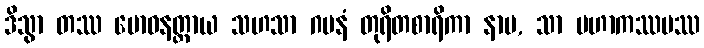
ဒိသွာ တဿ ဗောဓနတ္ထာယ သဟသာ ဂမနံ တုရိတစာရိကာ နာမ, သာ မဟာကဿပဿ